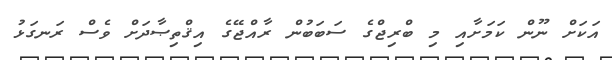
އަކަށް ނޫން ކަމަށާއި މި ބްރިޖްގެ ސަބަބުން ރާއްޖޭގެ އިޤްތިޞާދަށް ވެސް ރަނގަޅު